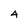
Character: 4